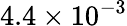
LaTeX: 4.4\times 10^{-3}